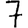
Digit: 7